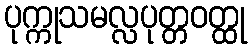
ပုက္ကုသမလ္လပုတ္တဝတ္ထု